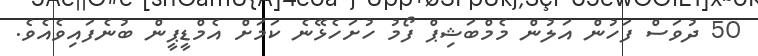
50 ދުވަސް ފަހުން އަލުން މެމްބަޝިޕް ފޯމު ހުށަހެޅޭނެ ކަމަށް އެމްޑީޕީން ބުނެފައިވެއެވެ.